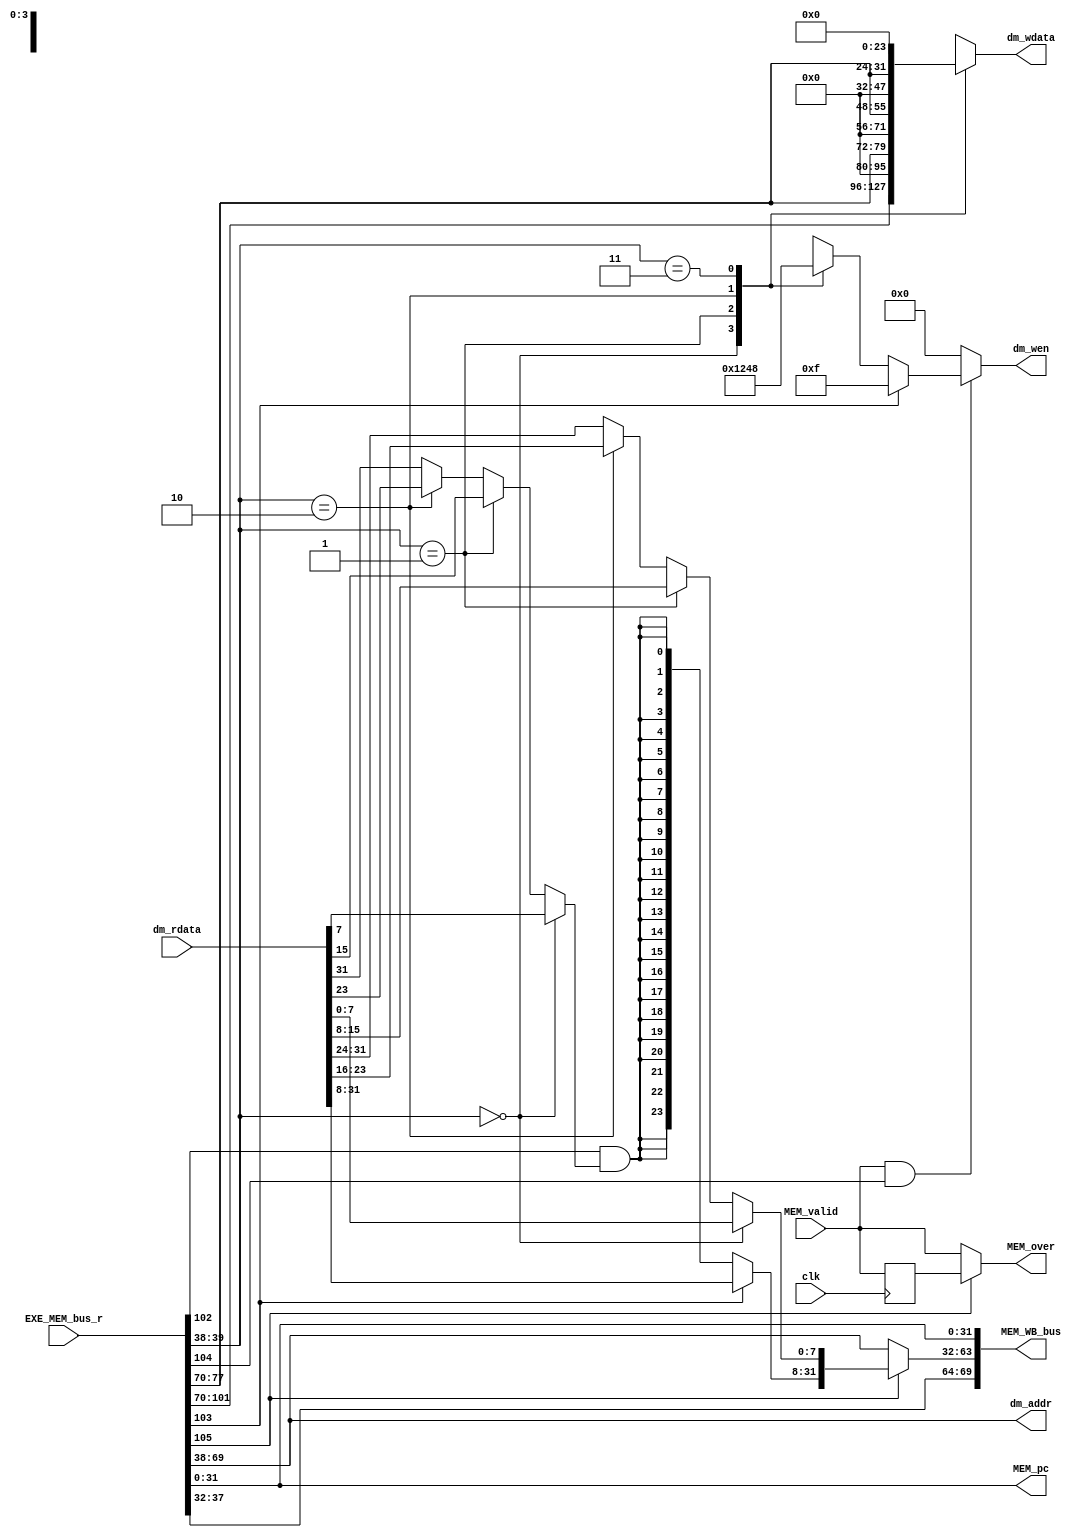
`timescale 1ns / 1ps
//////////////////////////////////////////////////////////////////////////////////
// Company: 
// Engineer: 
// 
// Design Name: 
// Module Name: mem
// Project Name: 
// Target Devices: 
// Tool Versions: 
// Description: 
// 
// Dependencies: 
// 
// Revision:
// Revision 0.01 - File Created
// Additional Comments:
// 
//////////////////////////////////////////////////////////////////////////////////


module mem( // 
 input clk, // 
 input MEM_valid, // 
 input [105:0] EXE_MEM_bus_r,// EXE->MEM 
 input [ 31:0] dm_rdata, // 
 output [ 31:0] dm_addr, // 
 output reg [ 3:0] dm_wen, // 
 output reg [ 31:0] dm_wdata, // 
 output MEM_over, // MEM 
 output [ 69:0] MEM_WB_bus, // MEM->WB 

 //PC
 output [ 31:0] MEM_pc
 );
 //-----{EXE->MEM }begin
 //load/store 
 wire [3 :0] mem_control; //MEM 
 wire [31:0] store_data; //store 

 //alu 
 wire [31:0] alu_result;

 //
 wire rf_wen; //
 wire [4:0] rf_wdest; //

 //pc
 wire [31:0] pc;

 assign {mem_control,
 store_data,
 alu_result,
 rf_wen,
 rf_wdest,
 pc } = EXE_MEM_bus_r;
 //-----{EXE->MEM }end

 //-----{load/store }begin
 wire inst_load; //load 
 wire inst_store; //store 
 wire ls_word; //load/store ,0:byte;1:word
 wire lb_sign; //load load
 assign {inst_load,inst_store,ls_word,lb_sign} = mem_control;

 //
 assign dm_addr = alu_result;

 //store 
 always @ (*) // 
 begin
    if (MEM_valid && inst_store) // ,store 
    begin
        if (ls_word)
        begin
            dm_wen <= 4'b1111; // 1
        end
        else
        begin // SB 
            case (dm_addr[1:0])
                2'b00 : dm_wen <= 4'b0001;
                2'b01 : dm_wen <= 4'b0010;
                2'b10 : dm_wen <= 4'b0100;
                2'b11 : dm_wen <= 4'b1000;
                default : dm_wen <= 4'b0000;
            endcase
        end
    end
    else
    begin
        dm_wen <= 4'b0000;
    end
 end

 //store 
 always @ (*) // SB store 
 begin
    case (dm_addr[1:0])
        2'b00 : dm_wdata <= store_data;
        2'b01 : dm_wdata <= {16'd0, store_data[7:0],8'd0};
        2'b10 : dm_wdata <= {8'd0, store_data[7:0],16'd0};
        2'b11 : dm_wdata <= {store_data[7:0], 24'd0};
        default : dm_wdata <= store_data;
    endcase
 end

 //load 
 wire load_sign;
 wire [31:0] load_result;
 assign load_sign = (dm_addr[1:0]==2'd0) ? dm_rdata[ 7] :
 (dm_addr[1:0]==2'd1) ? dm_rdata[15] :
 (dm_addr[1:0]==2'd2) ? dm_rdata[23] : dm_rdata[31] ;
 
 assign load_result[7:0] = (dm_addr[1:0]==2'd0) ? dm_rdata[ 7:0 ] :
 (dm_addr[1:0]==2'd1) ? dm_rdata[15:8 ] :
 (dm_addr[1:0]==2'd2) ? dm_rdata[23:16] :
 dm_rdata[31:24] ;
 
 assign load_result[31:8]= ls_word ? dm_rdata[31:8] :
 {24{lb_sign & load_sign}};
 //-----{load/store }end

 //-----{MEM }begin
 //RAM ,
 //load 
 //load 
 //mem load 
 //
 reg MEM_valid_r;
 always @(posedge clk)
 begin
 MEM_valid_r <= MEM_valid;
 end
 assign MEM_over = inst_load ? MEM_valid_r :MEM_valid;
 //ram MEM_valid MEM_over 
 //load 
 //-----{MEM }end

 //-----{MEM->WB }begin
 wire [31:0] mem_result; //MEM WB result load ALU 
 assign mem_result = inst_load ? load_result : alu_result;

 assign MEM_WB_bus = {rf_wen,rf_wdest, // WB 
 mem_result, // 
 pc}; // PC 
 //-----{MEM->WB }begin

 //-----{MEM PC }begin
 assign MEM_pc = pc;
 //-----{MEM PC }end
 endmodule